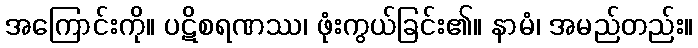
အကြောင်းကို။ ပဋိစရဏဿ၊ ဖုံးကွယ်ခြင်း၏။ နာမံ၊ အမည်တည်း။